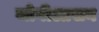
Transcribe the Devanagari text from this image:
जोगीआसन